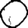
Digit: 0